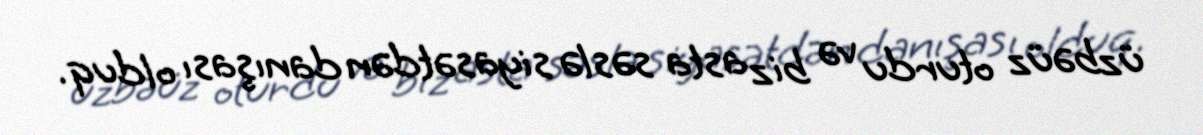
üzbəüz oturdu və biz asta səslə siyasətdən danışası olduq.